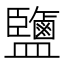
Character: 鹽